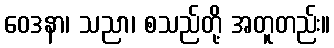
ဝေဒနာ၊ သညာ၊ စသည်တို့ အတူတည်း။